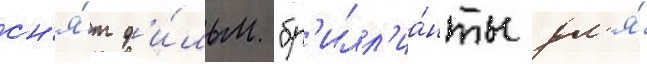
сн'я́т ф'и́льм "бр'илл'иа́нты дл'я́